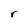
Character: r